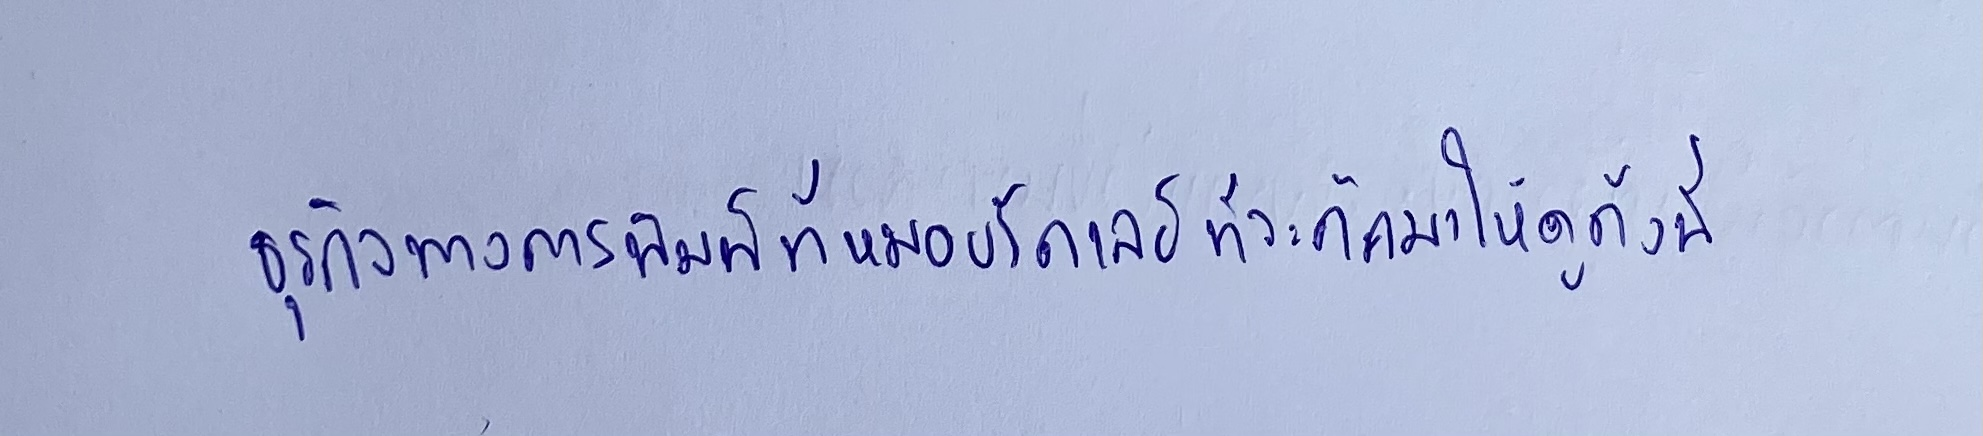
ธุรกิจทางการพิมพ์ที่หมอบรัดเลย์ที่จะคัดมาให้ดูดังนี้